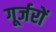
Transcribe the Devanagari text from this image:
गूर्जरों